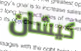
كيشان